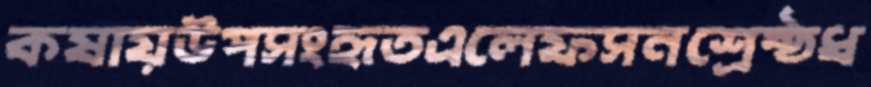
কষায়উপসংহৃতএলেফসনশ্রেষ্ঠধ